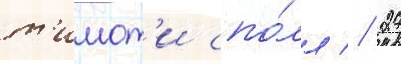
т'имот'и спо́лл // 27